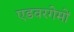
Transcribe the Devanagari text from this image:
एडवरगेमों